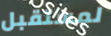
لمستقبل